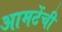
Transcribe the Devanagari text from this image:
आमटेंची